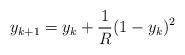
LaTeX: \begin{align*}y_{k+1}=y_k+\frac1R(1-y_k)^2\end{align*}